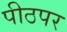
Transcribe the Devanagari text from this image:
पीठपर